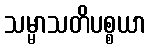
သမ္မာသတိပစ္စယာ